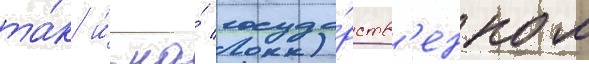
та́к и́ на́ госуда́рств'енном